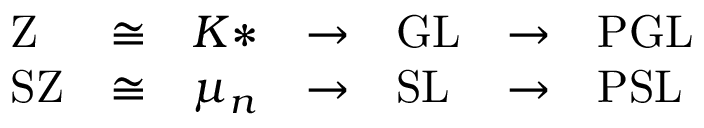
\begin{array} { l l l l l l l } { \mathrm { Z } } & { \cong } & { K * } & { \to } & { \mathrm { G L } } & { \to } & { \mathrm { P G L } } \\ { \mathrm { S Z } } & { \cong } & { \mu _ { n } } & { \to } & { \mathrm { S L } } & { \to } & { \mathrm { P S L } } \end{array}